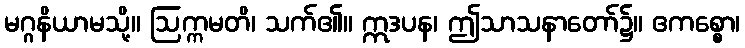
မဂ္ဂနိယာမသို့။ ဩက္ကမတိ၊ သက်၏။ ဣဒပန၊ ဤသာသနာတော်၌။ ဧကစ္စော၊